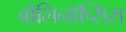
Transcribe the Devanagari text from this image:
बोलिनॉप्सिस